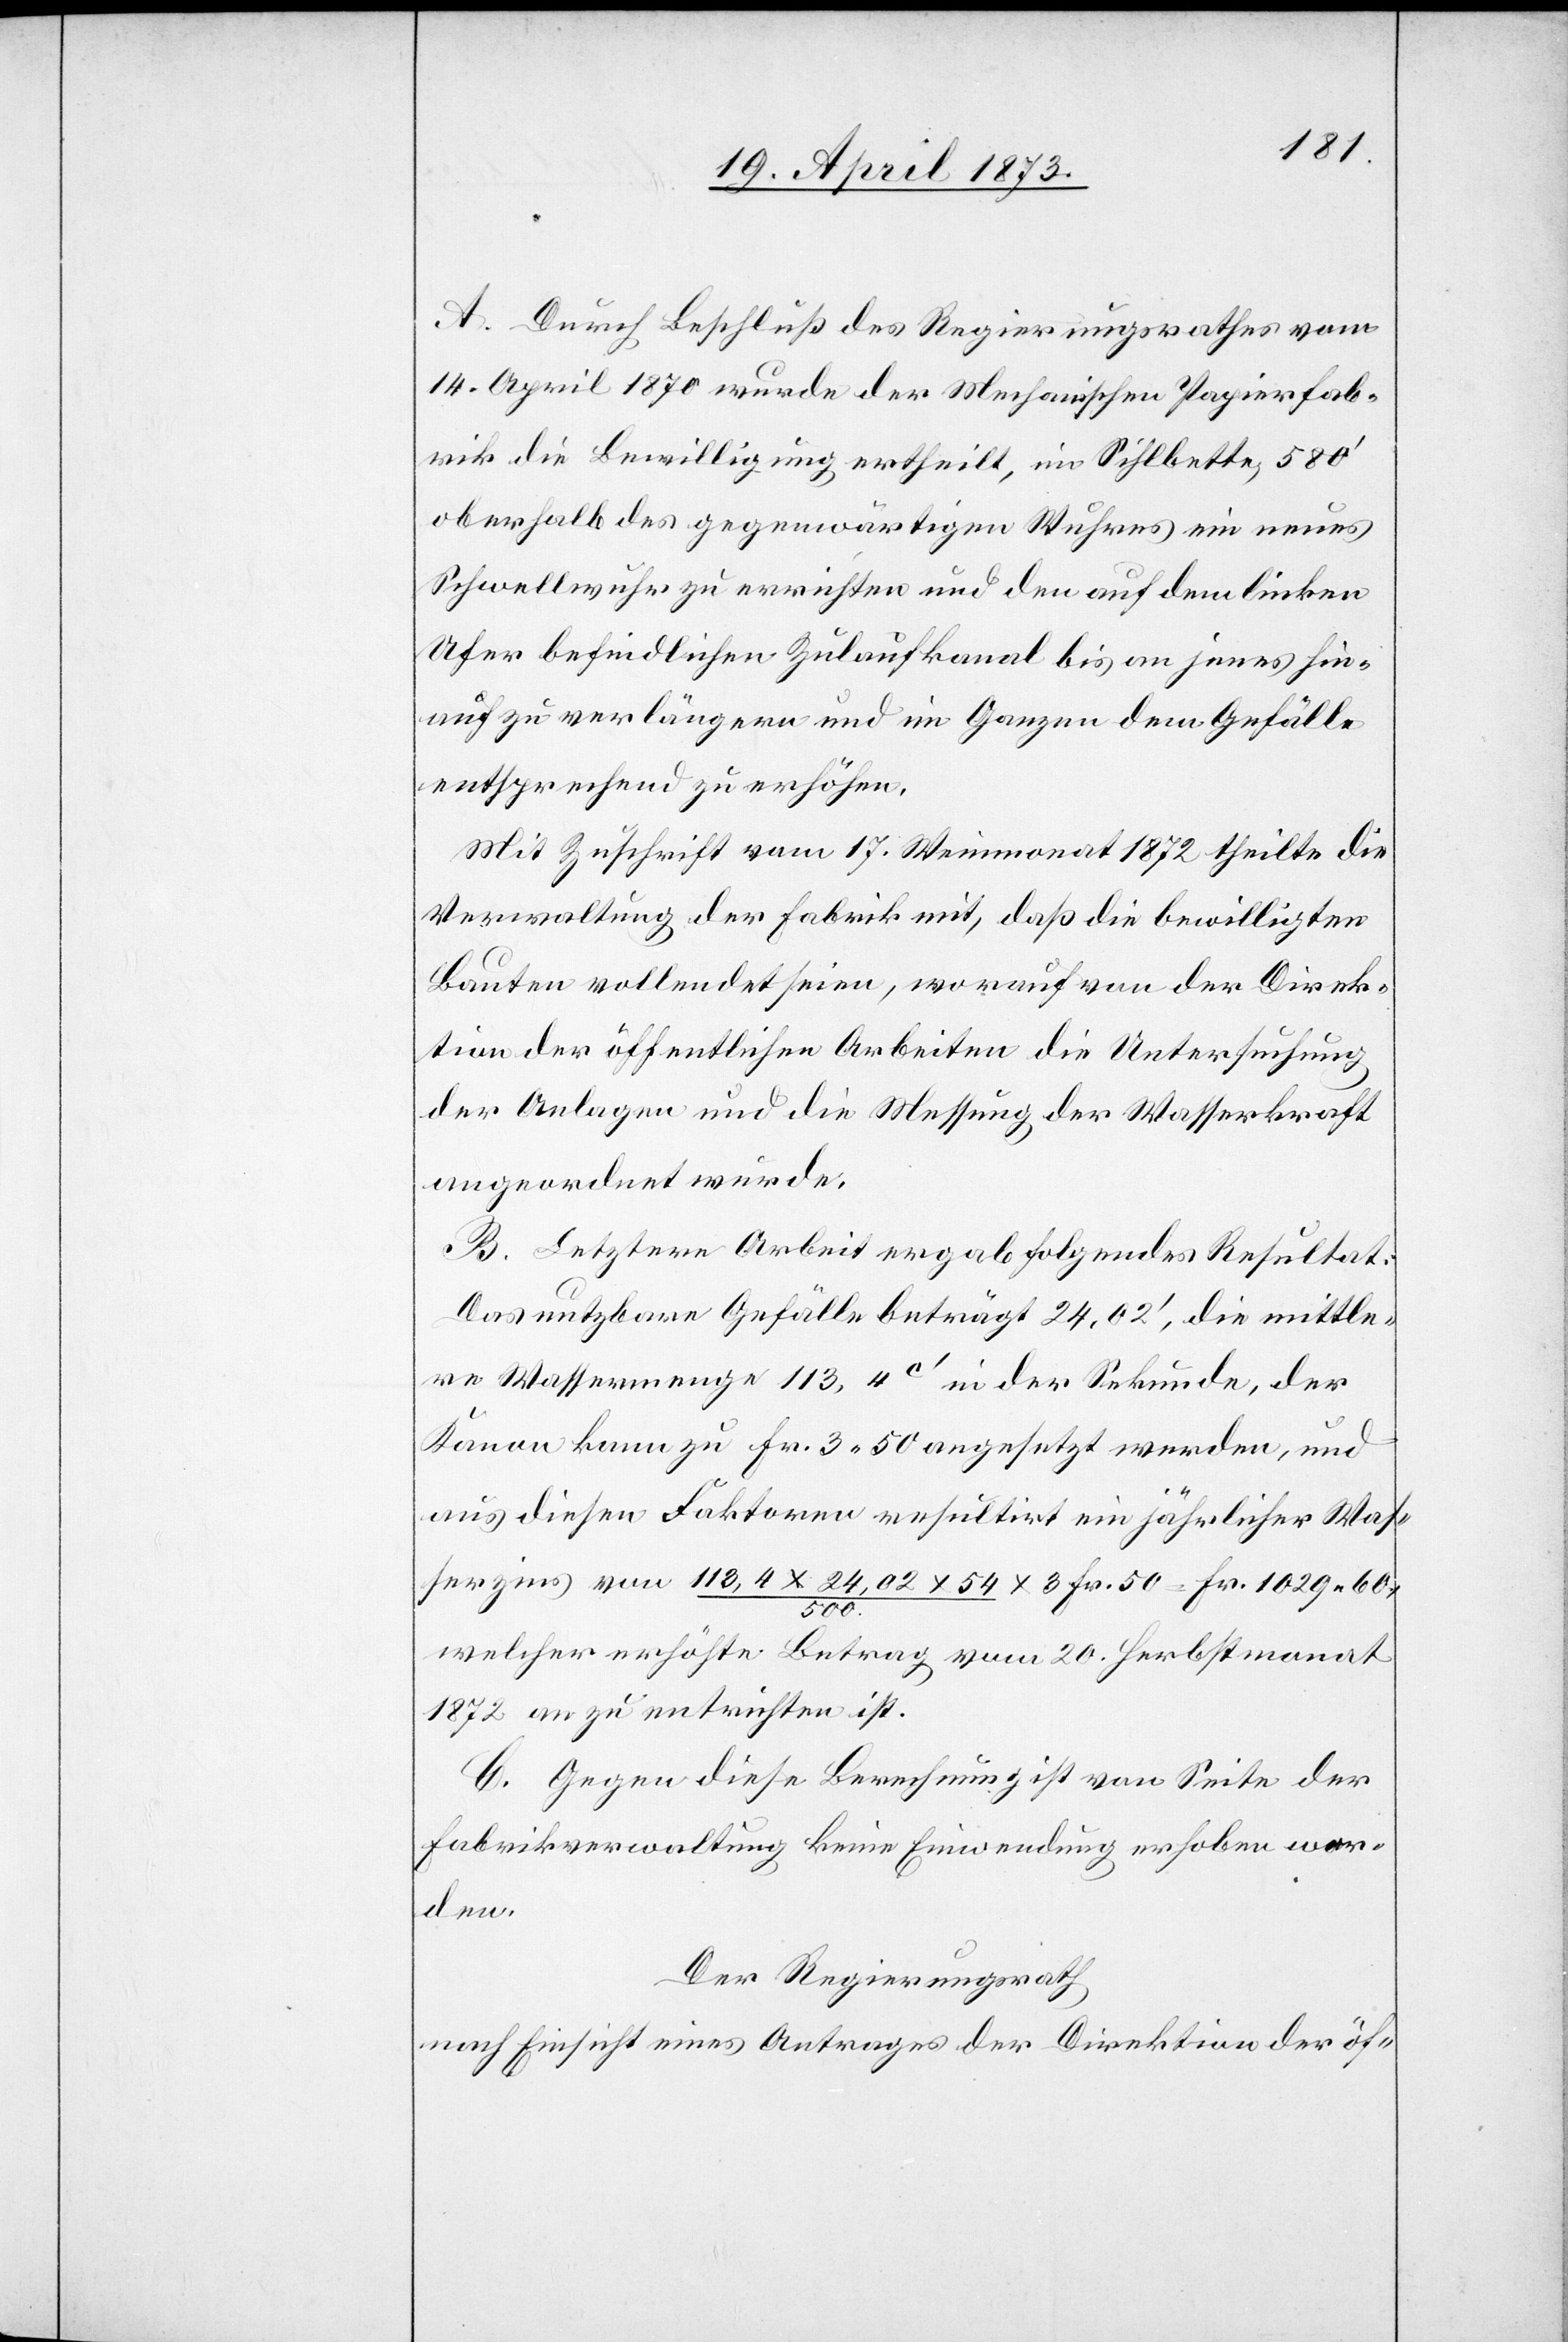
A. Durch Beschluß des Regierungsrathes vom
14. April 1870 wurde der Mechanischen Papierfab¬
rik die Bewilligung ertheilt, im Sihlbette, 580‘
oberhalb des gegenwärtigen Wuhres ein neues
Schwellenwuhr zu errichten und den auf dem linken
Ufer befindlichen Zulaufkanal bis an jenes hin¬
auf zu verlängern und im Ganzen dem Gefälle
entsprechend zu erhöhen.
Mit Zuschrift vom 17. Weinmonat 1872 theilte die
Verwaltung der Fabrik mit, daß die bewilligten
Bauten vollendet seien, worauf von der Direk¬
tion der öffentlichen Arbeiten die Untersuchung
der Anlagen und die Messung der Wasserkraft
angeordnet wurde.
B. Letztere Arbeit ergab folgendes Resultat:
Das nutzbare Gefälle beträgt 23,02‘, die mittle¬
re Wassermenge 113,4 [Kubikfuß] in der Sekunde, der
Kanon kann zu Fr. 3 50 angesetzt werden, und
aus diesen Faktoren resultirt ein jährlicher Was¬
serzins von 113,4 x 24,02 x 54/500 x 3 Fr. 50 = Fr. 1029 60,
welcher erhöhte Betrag vom 20. Herbstmonat
1872 an zu entrichten ist.
C. Gegen diese Berechnung ist von Seite der
Fabrikverwaltung keine Einwendung erhoben wor¬
den.
Der Regierungsrath
nach Einsicht eines Antrages der Direktion der öf-